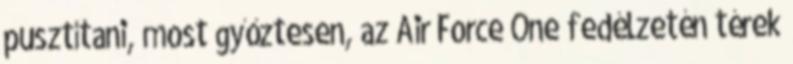
pusztítani, most győztesen, az Air Force One fedélzetén térek